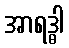
အာရဒ္ဓါ